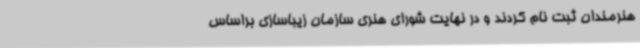
هنرمندان ثبت نام کردند و در نهایت شورای هنری سازمان زیباسازی براساس